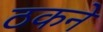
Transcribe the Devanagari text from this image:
ठकने